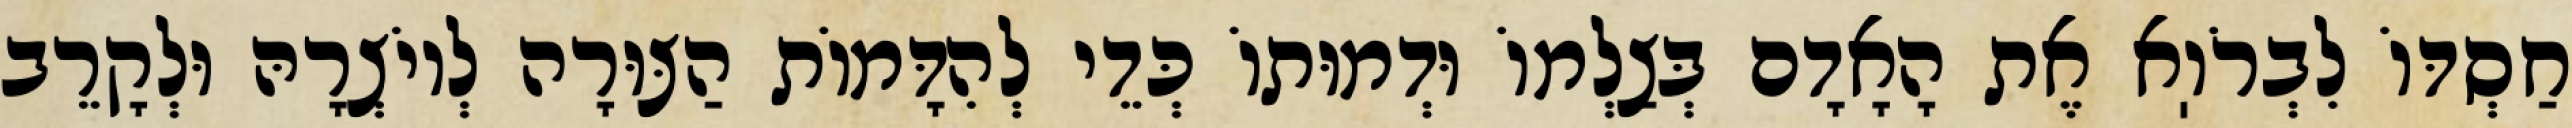
חַסְדּוֹ לִבְרֹוֽא אֶת הָאָדָם בְּצַלְמוֹ וּדְמוּתוֹ כְּדֵי לְהִדָּמוֹת הַצּוּרָה לְיוֹצְרָהּ וּלְקָרֵב